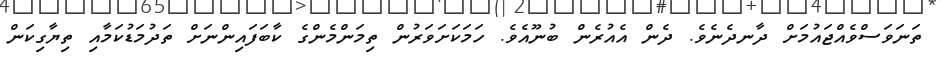
ތަނަވަސްވެއްޖައުމަށް ދާނދެނެވެ. ދެން އެއުރެން ބުނޫއެވެ. ހަމަކަށަވަރުން ތިމަންމެންގެ ކާބަފައިންނަށް ތަދުމަޑުކަމާއި ތިޔާގިކަން